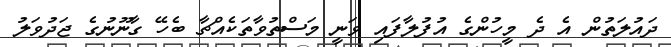
ދައުލަތުން އެ ދެ މީހުންގެ އުފުލާފައި ވަނީ މަސްތުވާތަކެއްޗާ ބެހޭ ގާނޫނުގެ ޖަދުވަލު